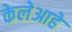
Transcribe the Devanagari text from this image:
केलेआहे